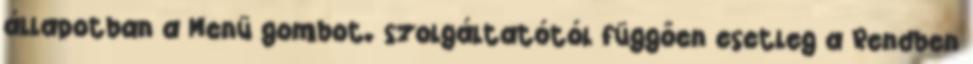
állapotban a Menü gombot. szolgáltatótól függően esetleg a Rendben